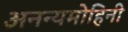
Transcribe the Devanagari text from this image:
अनन्यमोहिनी